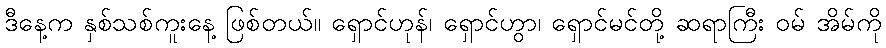
ဒီနေ့က နှစ်သစ်ကူးနေ့ ဖြစ်တယ်။ ရှောင်ဟုန်၊ ရှောင်ဟွာ၊ ရှောင်မင်တို့ ဆရာကြီး ဝမ် အိမ်ကို